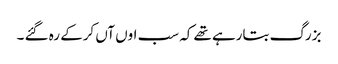
بزرگ بتارہے تھے کہ سب اوں آں کرکے رہ گئے ۔